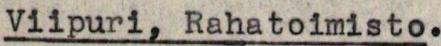
Viipuri, Rahatoimisto.